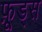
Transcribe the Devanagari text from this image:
फ़ूड्स